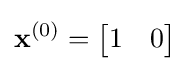
\mathbf {x} ^{(0)}={\begin{bmatrix}1&0\end{bmatrix}}